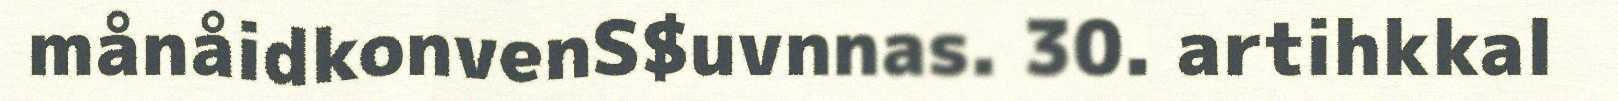
månåidkonvenS$uvnnas. 30. artihkkal